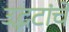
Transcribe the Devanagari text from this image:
उद्भटांचे